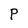
Character: P